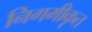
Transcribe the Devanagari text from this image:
निगमीकृत